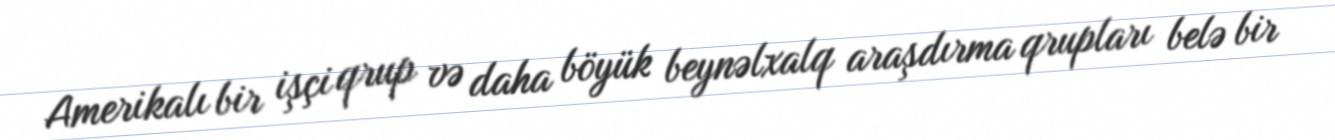
Amerikalı bir işçi qrup və daha böyük beynəlxalq araşdırma qrupları belə bir